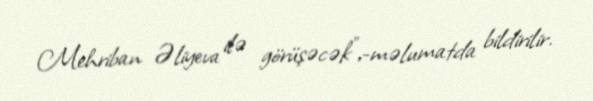
Mehriban Əliyeva ilə görüşəcək",-məlumatda bildirilir.